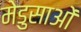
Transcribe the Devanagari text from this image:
मेडुसाओं